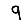
Digit: 9